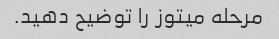
مرحله میتوز را توضیح دهید.